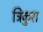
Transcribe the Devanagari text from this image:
त्रिकुरा